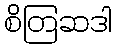
စိတြဆဒါ